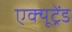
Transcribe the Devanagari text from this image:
एक्यूट्रेंड